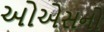
ઓએસનો